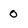
Character: o